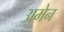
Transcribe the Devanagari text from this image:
अमेन